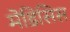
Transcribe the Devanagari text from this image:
मेडिसिस